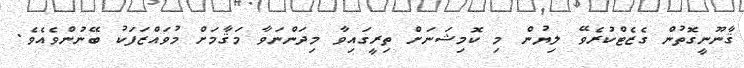
ޤާނޫނީގޮތުން ގެޒެޓްކުރެވޭ ލިޔުން މި ކޮމިޝަނަށް ތިރީގައިވާ މިދަންނަވާ މަޤާމަށް މުވައްޒަފަކު ބޭނުންވެއެވެ.